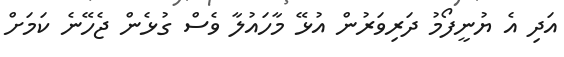
އަދި އެ ޔުނީފޯމު ދަރިވަރުން އުޅޭ މާހައުލާ ވެސް ގުޅެން ޖެހޭނެ ކަމަށް